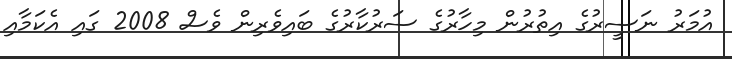
އުމަރު ނަސީރުގެ އިތުރުން މިހާރުގެ ސަރުކާރުގެ ބައިވެރިން ވެސް 2008 ގައި އެކަމާއި